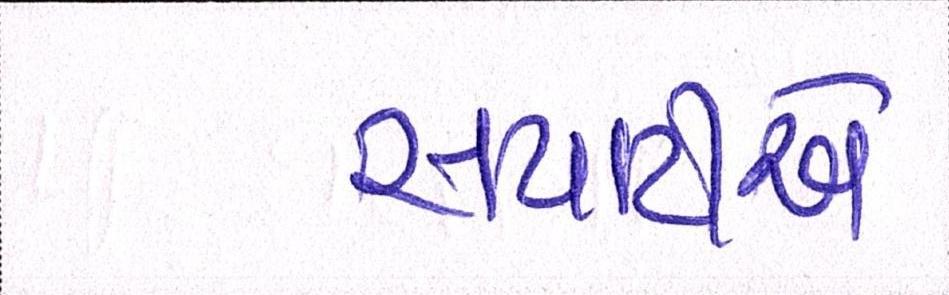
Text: સપાટીએ